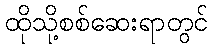
ထိုသို့စစ်ဆေးရာတွင်